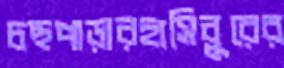
চছপাড়ারহাসিবুরের